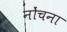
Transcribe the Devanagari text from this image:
नोंचना